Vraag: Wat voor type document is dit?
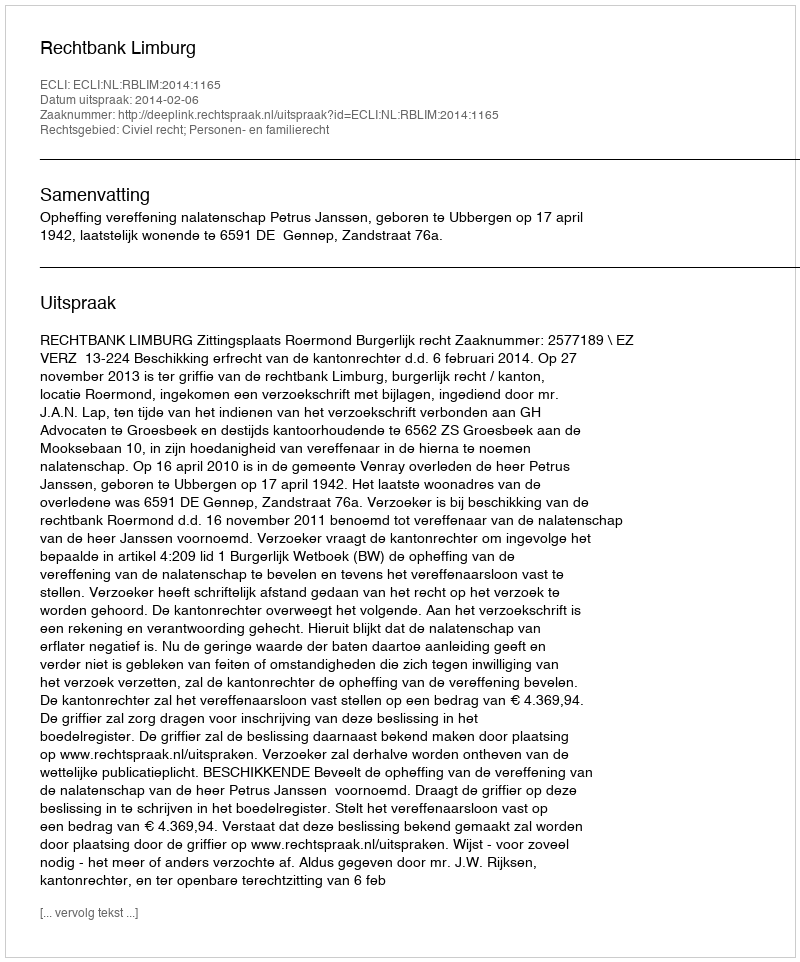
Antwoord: Uitspraak